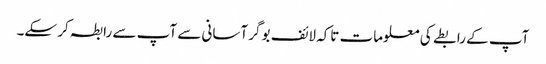
آپ کے رابطے کی معلومات تاکہ لائف بوگر آسانی سے آپ سے رابطہ کر سکے۔